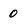
Character: 0